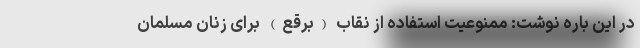
در این باره نوشت: ممنوعیت استفاده از نقاب (برقع) برای زنان مسلمان